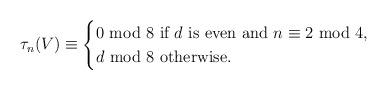
LaTeX: \begin{align*}\tau_n(V)\equiv \begin{cases}0 \ \mbox{mod}\ 8 \ \mbox{if $d$ is even and $n\equiv 2\ \mbox{mod}\ 4$}, \\d \ \mbox{mod}\ 8 \ \mbox{otherwise}.\end{cases}\end{align*}